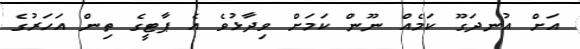
އަށް އުނދަގޫ ކަމެއް ނޫން ކަމަށް ވިދާޅުވެ އެ ޕާޓީގެ ތިން އަހަރުގެ